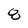
Character: 8